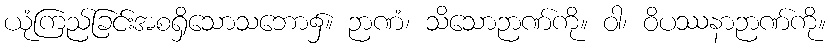
ယုံကြည်ခြင်းအစရှိသောသဘော၌။ ဉာဏံ၊ သိသောဉာဏ်ကို။ ဝါ၊ ဝိပဿနာဉာဏ်ကို။